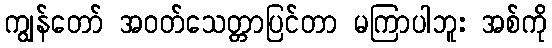
ကျွန်တော် အဝတ်သေတ္တာပြင်တာ မကြာပါဘူး အစ်ကို